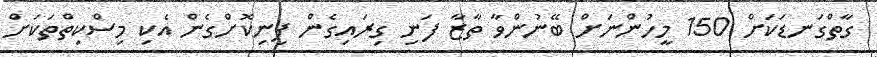
ގާތްގަނޑަކަށް 150 މީހުންނަށް ބޭނުންވާ ތާޒާ ފަނި ގިރަައިގެން ފިނިކޮށްގެން އެކި މިސްކިތްްތަކަށް